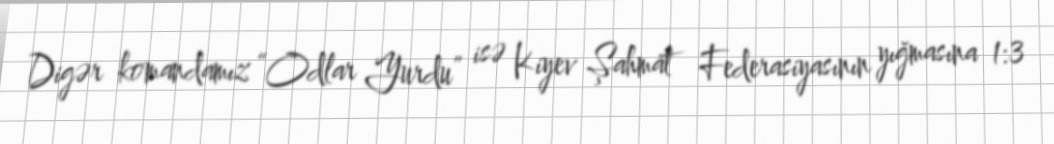
Digər komandamız “Odlar Yurdu” isə Kiyev Şahmat Federasiyasının yığmasına 1:3